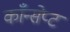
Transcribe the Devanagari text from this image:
काँन्सेप्ट